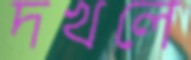
দখলে